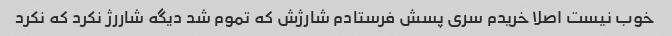
خوب نیست اصلا خریدم سری پسش فرستادم شارژش که تموم شد دیگه شاررژ نکرد که نکرد